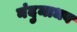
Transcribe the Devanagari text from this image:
नंदुमाधव